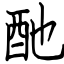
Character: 酏